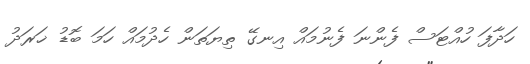
ހަދާފަ ހުއްޓަސް ފެންނަ ފެނުމައް އިނގޭ ތިޔަތަން ހެދުމައް ހަމަ ބޮޑު ޚަރަދު